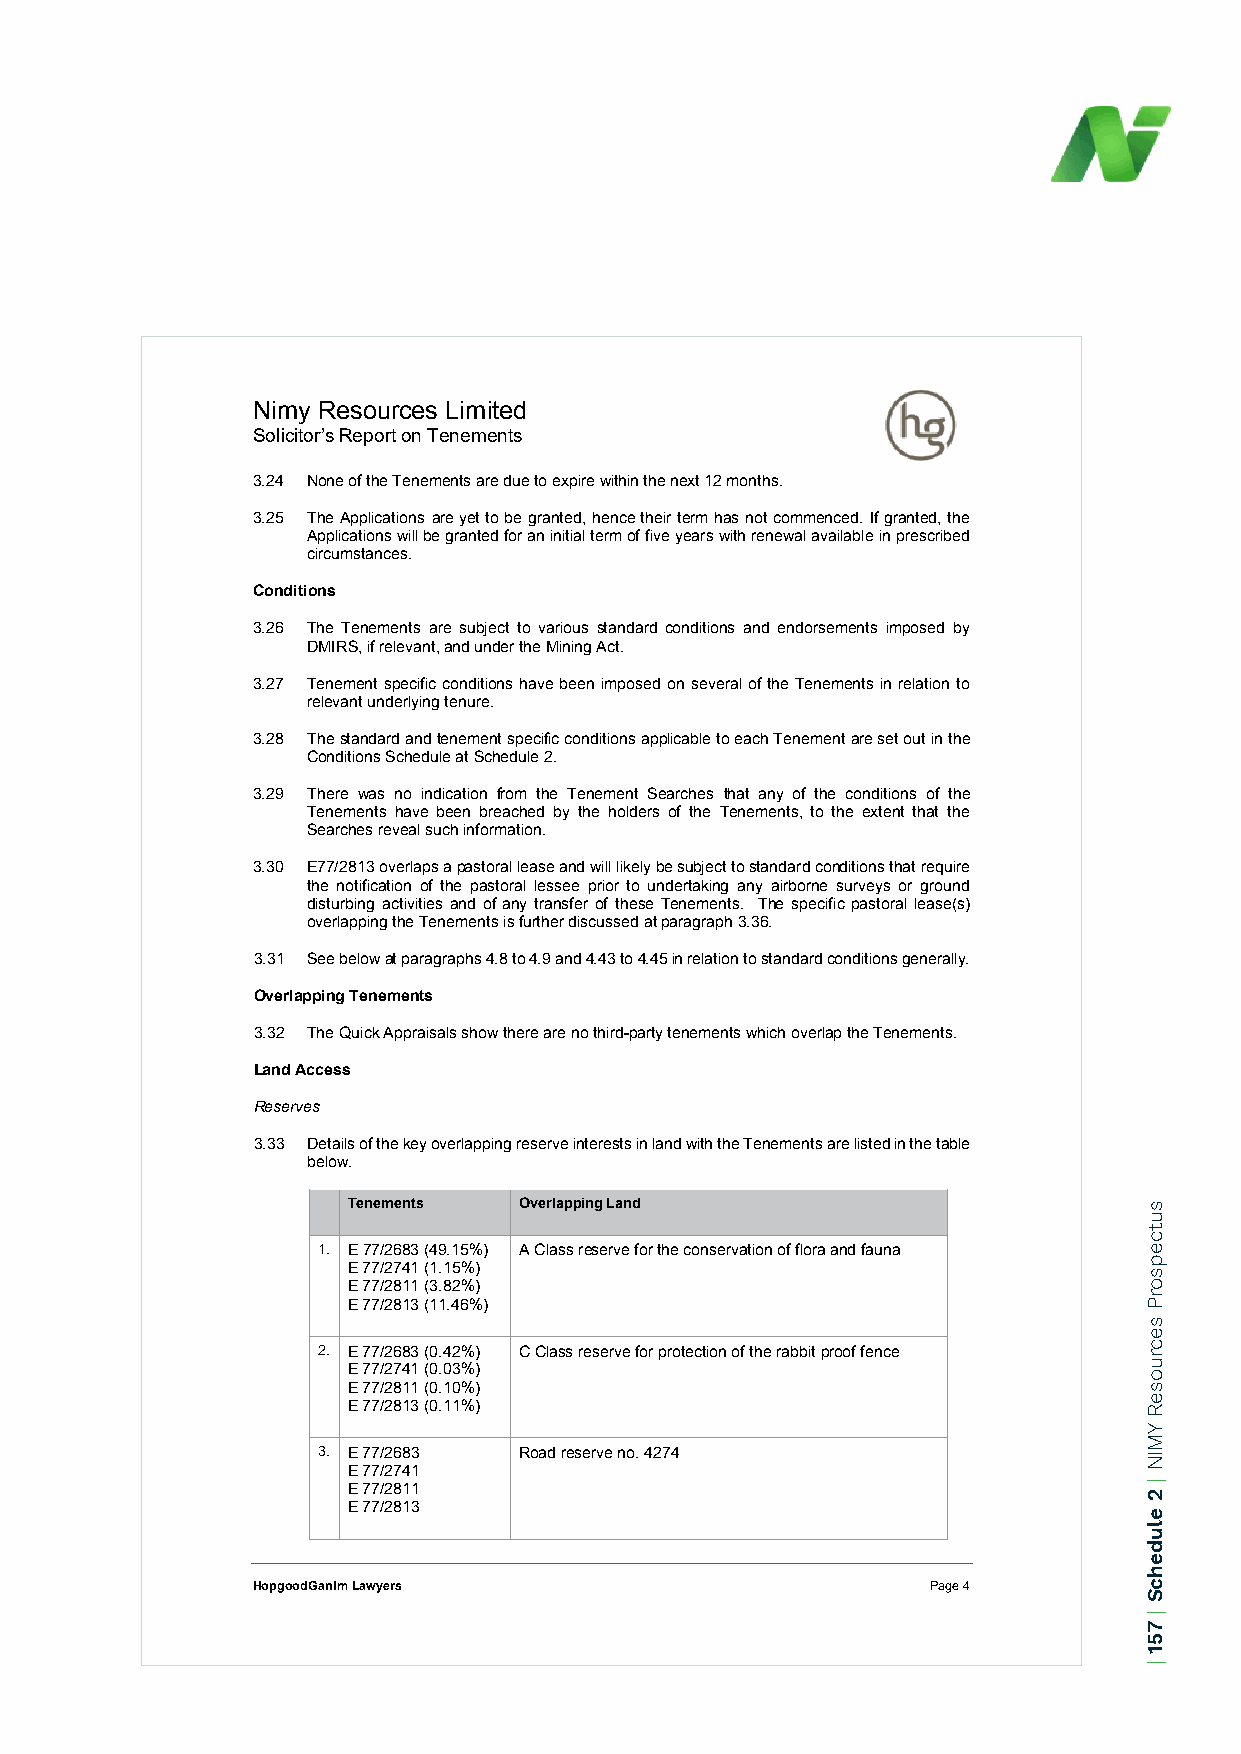
Nimy Resources Limited
 Solicitor’s Report on Tenements
 3.24 None of the Tenements are due to expire within the next 12 months.
 3.25 The Applications are yet to be granted, hence their term has not commenced. If granted, the
 Applications will be granted for an initial term of five years with renewal available in prescribed
 circumstances.
 Conditions
 3.26 The Tenements are subject to various standard conditions and endorsements imposed by
 DMIRS, if relevant, and under the Mining Act.
 3.27 Tenement specific conditions have been imposed on several of the Tenements in relation to
 relevant underlying tenure.
 3.28 The standard and tenement specific conditions applicable to each Tenement are set out in the
 Conditions Schedule at Schedule 2.
 3.29 There was no indication from the Tenement Searches that any of the conditions of the
 Tenements have been breached by the holders of the Tenements, to the extent that the
 Searches reveal such information.
 3.30 E77/2813 overlaps a pastoral lease and will likely be subject to standard conditions that require
 the notification of the pastoral lessee prior to undertaking any airborne surveys or ground
 disturbing activities and of any transfer of these Tenements. The specific pastoral lease(s)
 overlapping the Tenements is further discussed at paragraph 3.36.
 3.31 See below at paragraphs 4.8 to 4.9 and 4.43 to 4.45 in relation to standard conditions generally.
 Overlapping Tenements
 3.32 The Quick Appraisals show there are no third-party tenements which overlap the Tenements.
 Land Access
 Reserves
 3.33 Details of the key overlapping reserve interests in land with the Tenements are listed in the table
 below.
 Tenements  Overlapping Land
 1. E 77/2683 (49.15%) A Class reserve for the conservation of flora and fauna
 E 77/2741 (1.15%)
 E 77/2811 (3.82%)
 E 77/2813 (11.46%)
 2. E 77/2683 (0.42%) C Class reserve for protection of the rabbit proof fence
 E 77/2741 (0.03%)
 E 77/2811 (0.10%)
 E 77/2813 (0.11%)
 3. E 77/2683 Road reserve no. 4274
 E 77/2741
 E 77/2811
 E 77/2813
 HopgoodGanim Lawyers                         Page 4
 sutcepsorP
 secruoseR
 YMIN
 | 2
 eludehcS
 |
 751
 |